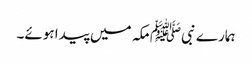
ہمارے نبیﷺ مکہ میں پیدا ہوئے۔